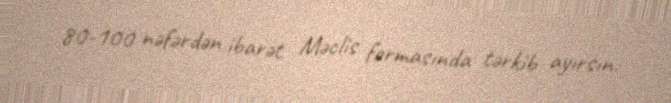
80-100 nəfərdən ibarət Məclis formasında tərkib ayırsın.